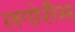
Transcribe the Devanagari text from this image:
लगोरीस